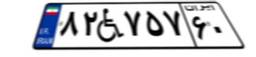
۳۶W۲۰۱۱۰